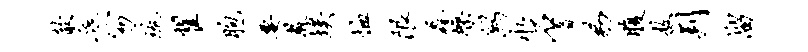
歆底笏琉翟胞要教埃恤限毳燥舄水石音易腹敖判溜